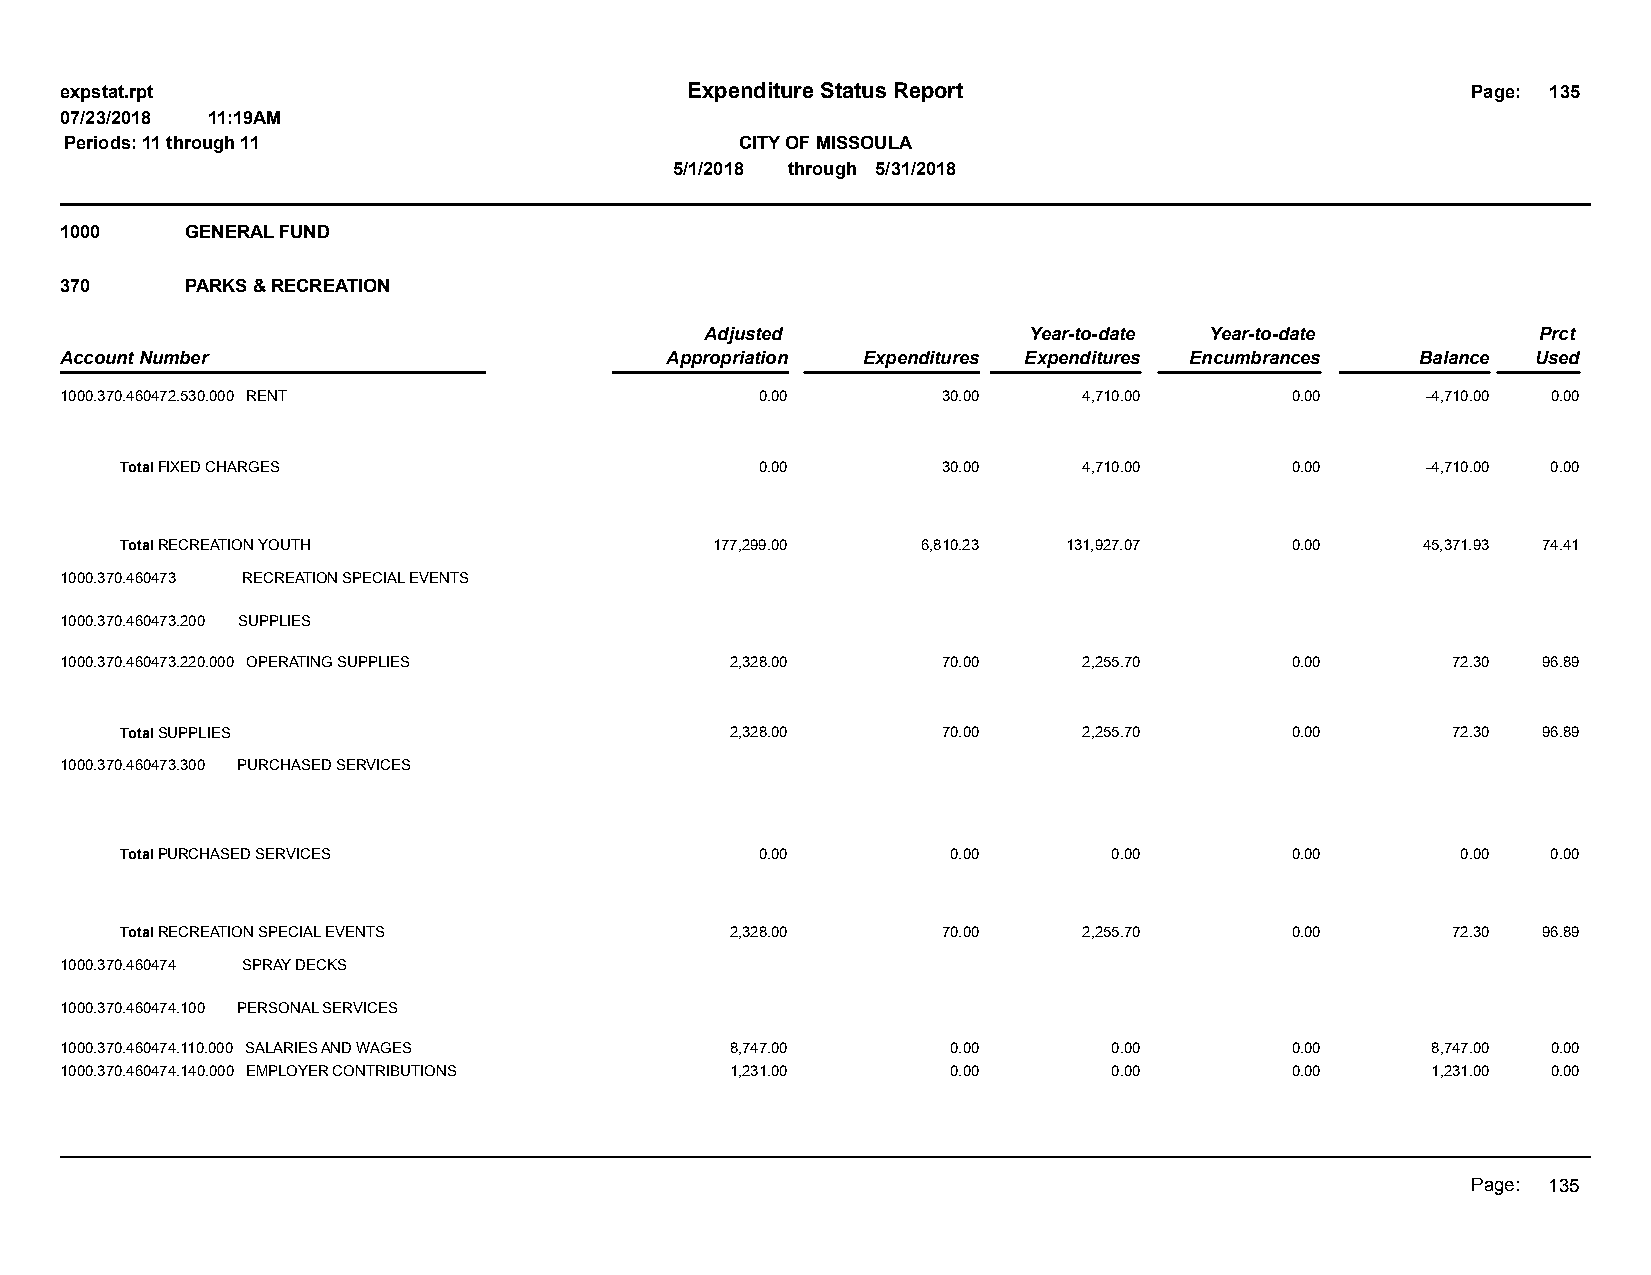
expstat.rpt                              Expenditure Status Report                           Page: 135
 07/23/2018 11:19AM
 Periods: 11 through 11                       CITY OF MISSOULA
 5/1/2018 through 5/31/2018
 1000    GENERAL FUND
 370     PARKS & RECREATION
 Adjusted             Year-to-date Year-to-date         Prct
 Account Number                          Appropriation Expenditures Expenditures Encumbrances Balance Used
 1000.370.460472.530.000 RENT                  0.00        30.00     4,710.00     0.00     -4,710.00 0.00
 Total FIXED CHARGES                       0.00        30.00     4,710.00     0.00     -4,710.00 0.00
 Total RECREATION YOUTH                 177,299.00    6,810.23  131,927.07    0.00     45,371.93 74.41
 1000.370.460473 RECREATION SPECIAL EVENTS
 1000.370.460473.200 SUPPLIES
 1000.370.460473.220.000 OPERATING SUPPLIES  2,328.00      70.00     2,255.70     0.00       72.30 96.89
 Total SUPPLIES                          2,328.00      70.00     2,255.70     0.00       72.30 96.89
 1000.370.460473.300 PURCHASED SERVICES
 Total PURCHASED SERVICES                  0.00         0.00       0.00       0.00        0.00  0.00
 Total RECREATION SPECIAL EVENTS         2,328.00      70.00     2,255.70     0.00       72.30 96.89
 1000.370.460474 SPRAY DECKS
 1000.370.460474.100 PERSONAL SERVICES
 1000.370.460474.110.000 SALARIES AND WAGES  8,747.00       0.00       0.00       0.00      8,747.00 0.00
 1000.370.460474.140.000 EMPLOYER CONTRIBUTIONS 1,231.00    0.00       0.00       0.00      1,231.00 0.00
 Page: 135